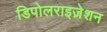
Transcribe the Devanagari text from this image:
डिपोलराइज़ेशन